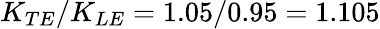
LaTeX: K_{TE}/K_{LE}=1.05/0.95=1.105